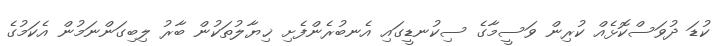
ކުޑަ ދުވަސްކޮޅެެއް ކުރިން ވަސީމާގެ ސިކުނޑީގައި އެނބުރެންފެށި ޚިޔާލުތަކުން ބާރު ލިބިގަންނަމުން އެކަމުގެ